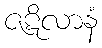
ဇဋိလာနံ